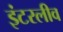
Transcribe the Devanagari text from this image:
इंटरलीव